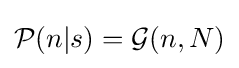
{\mathcal {P}}(n|s)={\mathcal {G}}(n,N)